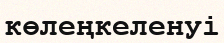
көлеңкеленуі